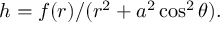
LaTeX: h = f ( r ) / ( r ^ { 2 } + a ^ { 2 } \cos ^ { 2 } \theta ) .